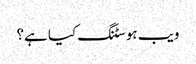
ویب ہوسٹنگ کیا ہے؟